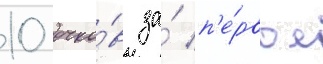
10 очко́в за́ п'е́рвое